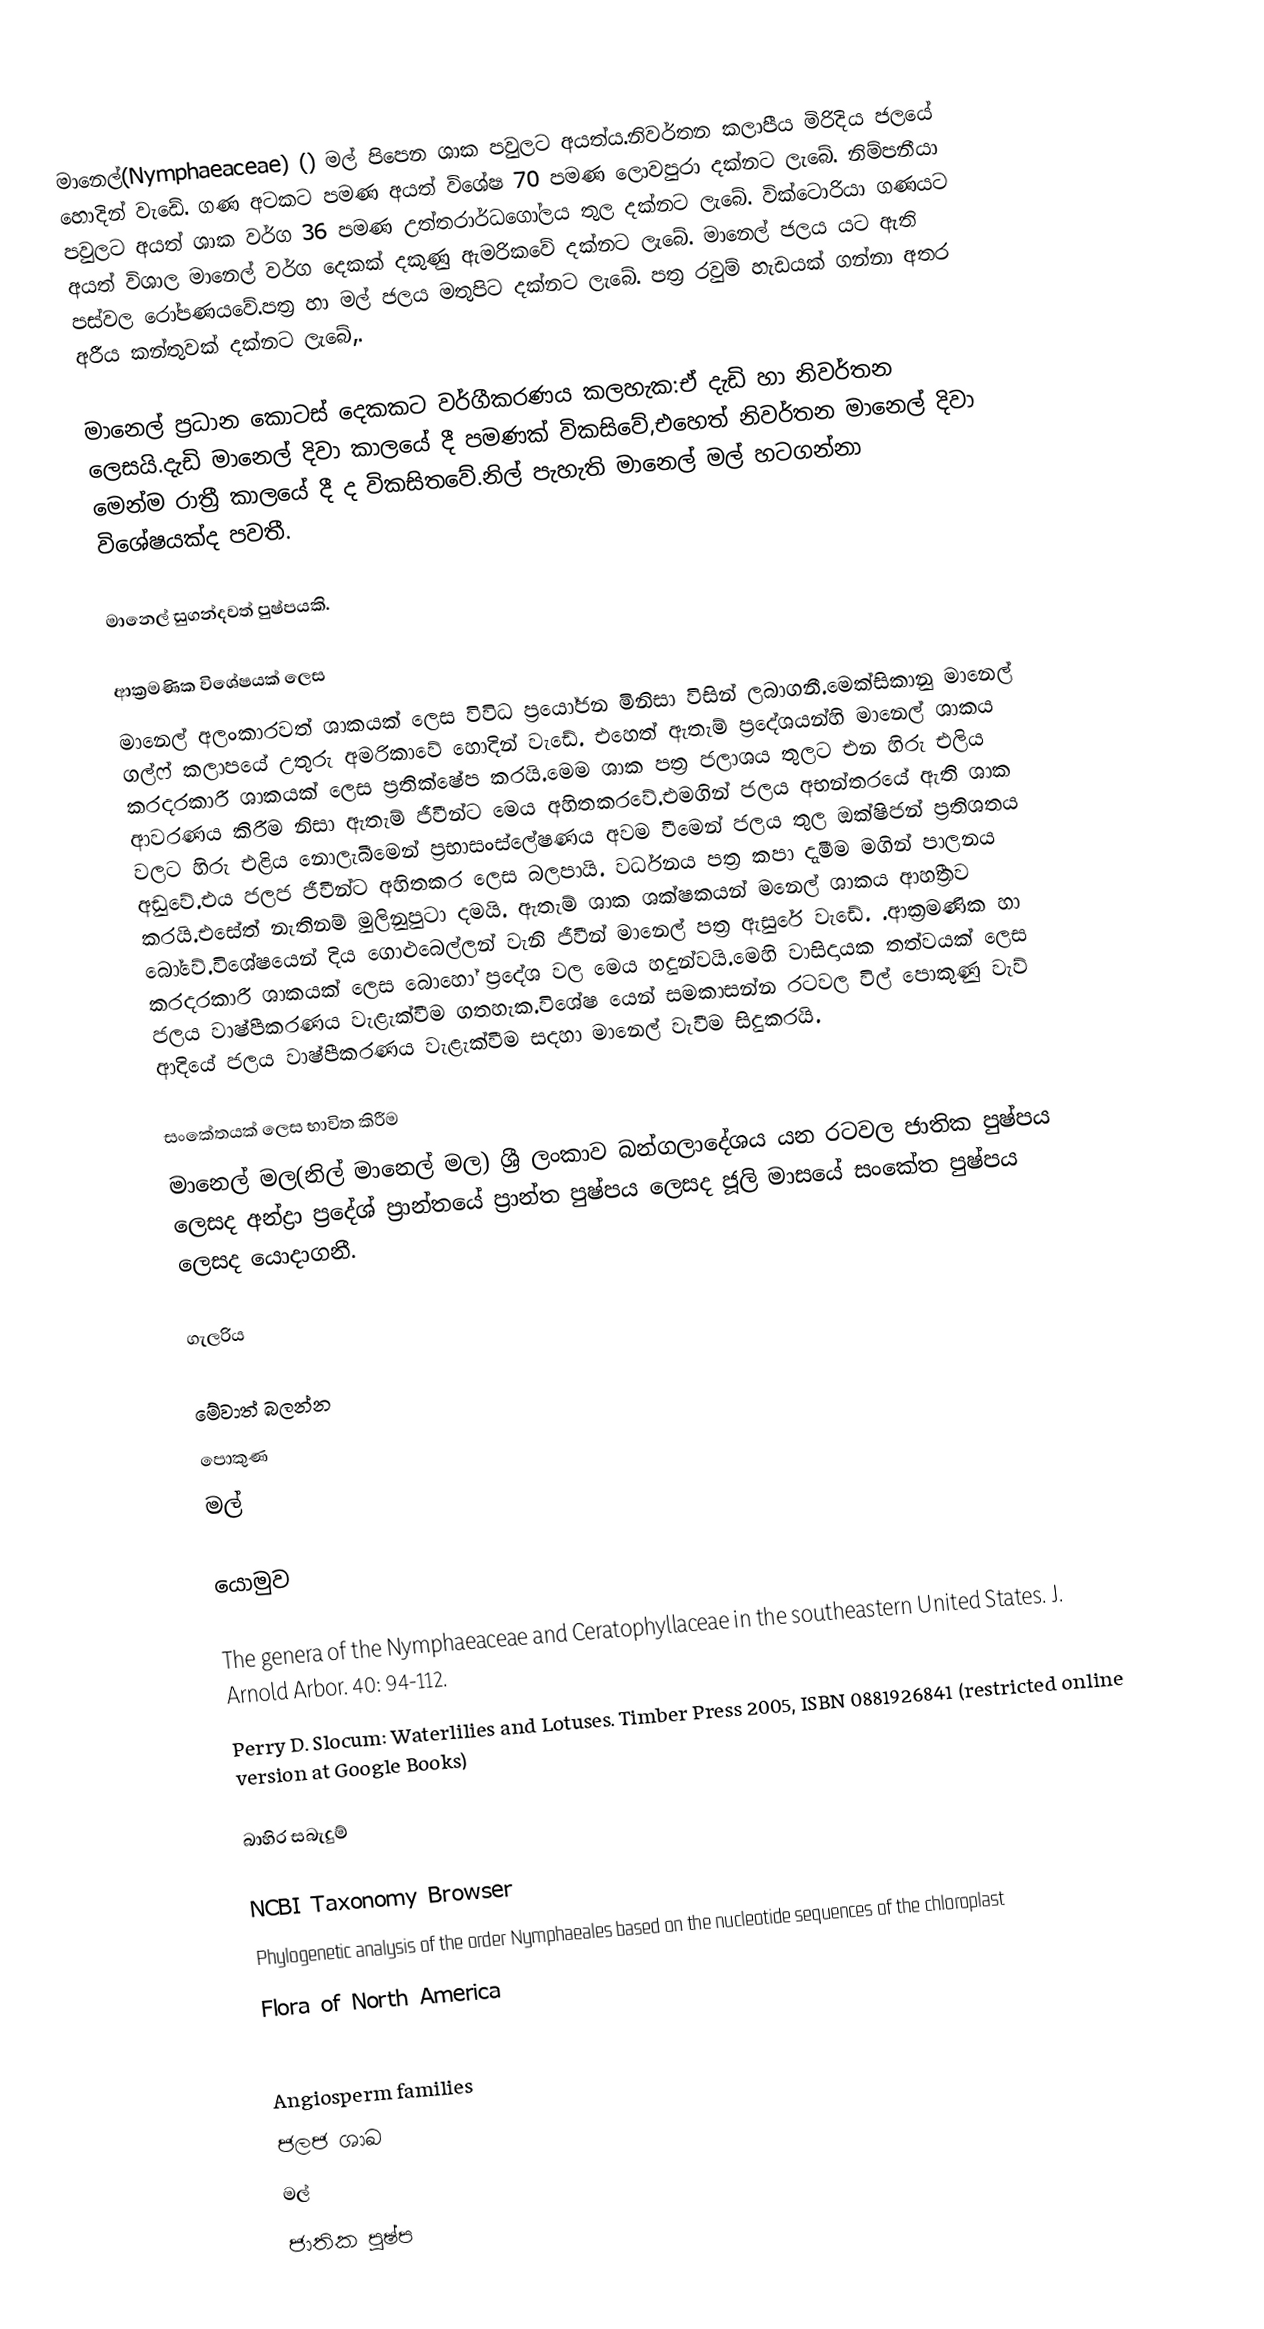
මානෙල්(Nymphaeaceae) () මල් පිපෙන ශාක පවුලට අයත්ය.නිවර්තන කලාපීය මිරිදිය ජලයේ හොදින් වැඩේ. ගණ අටකට පමණ අයත් විශේෂ 70 පමණ ලොවපුරා දක්නට ලැබේ.	නිම්පනීයා පවුලට අයත් ශාක වර්ග 36 පමණ උත්තරාර්ධගෝලය තුල දක්නට ලැබේ. වික්ටොරියා ගණයට අයත් විශාල මානෙල් වර්ග දෙකක් දකුණු ඇමරිකවේ දක්නට ලැබේ. මානෙල් ජලය යට ඇති පස්වල රෝපණයවේ.පත්‍ර හා මල් ජලය මතුපිට දක්නට ලැබේ. පත්‍ර රවුම් හැඩයක් ගන්නා අතර අරීය කන්තුවක් දක්නට ලැබේ,.

මානෙල් ප්‍රධාන කොටස් දෙකකට වර්ගීකරණය කලහැක:ඒ දැඩි හා නිවර්තන ලෙසයි.දැඩි මානෙල් දිවා කාලයේ දී පමණක් විකසිවේ,එහෙත් නිවර්තන මානෙල් දිවා මෙන්ම රාත්‍රී කාලයේ දී ද විකසිතවේ.නිල් පැහැති මානෙල් මල් හටගන්නා විශේෂයක්ද පවතී.

මානෙල් සුගන්දවත් පුෂ්පයකි.

ආක්‍රමණික විශේෂයක් ලෙස
මානෙල් අලංකාරවත් ශාකයක් ලෙස විවිධ ප්‍රයෝජන මිනිසා විසින් ලබාගනී.මෙක්සිකානු මානෙල් ගල්ෆ් කලාපයේ උතුරු අමරිකාවේ හොදින් වැඩේ.  එහෙත් ඇතැම් ප්‍රදේශයන්හි මානෙල් ශාකය කරදරකාරී ශාකයක් ලෙස ප්‍රතික්ෂේප කරයි.මෙම ශාක පත්‍ර ජලාශය තුලට එන හිරු එලිය ආවරණය කිරීම නිසා ඇතැම් ජීවීන්ට මෙය අහිතකරවේ.එමගින් ජලය අභන්තරයේ ඇති ශාක වලට හිරු එළිය නොලැබීමෙන් ප්‍රභාසංස්ලේෂණය අවම වීමෙන් ජලය තුල ඔක්ෂිජන් ප්‍රතිශතය අඩුවේ.එය ජලජ ජීවීන්ට අහිතකර ලෙස බලපායි. වර්ධනය පත්‍ර කපා දැමීම මගින් පාලනය කරයි.එසේත් නැතිනම් මුලිනුපුටා දමයි. ඇතැම් ශාක ශක්ෂකයන් මනෙල් ශාකය ආහ්‍රීතව බෝවේ.විශේෂයෙන් දිය ගොළුබෙල්ලන් වැනි ජීවීන් මානෙල් පත්‍ර ඇසුරේ වැඩේ. .ආක්‍රමණික හා කරදරකාරී ශාකයක් ලෙස බොහෝ ප්‍රදේශ වල මෙය හදුන්වයි.මෙහි වාසිදායක තත්වයක් ලෙස ජලය වාෂ්පීකරණය වැළැක්වීම ගතහැක.විශේෂ යෙන් සමකාසන්න රටවල විල් පොකුණු වැව් ආදියේ ජලය වාෂ්පීකරණය වැළැක්වීම සදහා මානෙල් වැවීම සිදුකරයි.

සංකේතයක් ලෙස භාවිත කිරීම
මානෙල් මල(නිල් මානෙල් මල) ශ්‍රී ලංකාව  බන්ගලාදේශය යන රටවල ජාතික පුෂ්පය ලෙසද අන්ද්‍රා ප්‍රදේශ් ප්‍රාන්තයේ ප්‍රාන්ත පුෂ්පය ලෙසද ජූලි මාසයේ සංකේත පුෂ්පය ලෙසද යොදාගනී.

ගැලරිය

මේවාත් බලන්න
පොකුණ
මල්

යොමුව

 The genera of the Nymphaeaceae and Ceratophyllaceae in the southeastern United States. J. Arnold Arbor. 40: 94-112.
Perry D. Slocum: Waterlilies and Lotuses. Timber Press 2005, ISBN 0881926841 (restricted online version at Google Books)

බාහිර සබැදුම්

 NCBI Taxonomy Browser
 Phylogenetic analysis of the order Nymphaeales based on the nucleotide sequences of the chloroplast
 Flora of North America

Angiosperm families
ජලජ ශාඛ
මල්
ජාතික පුෂ්ප